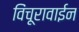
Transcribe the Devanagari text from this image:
विंचूरावाईन